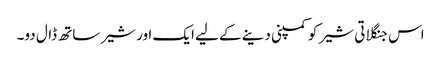
اس جنگلاتی شیر کو کمپنی دینے کے لیے ایک اور شیر ساتھ ڈال دو۔